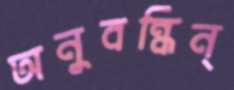
অনুবন্ধিন্